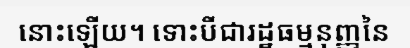
នោះឡើយ។ ទោះបីជារដ្ឋធម្មនុញ្ញនៃ